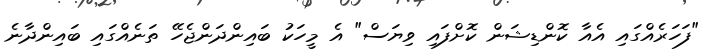
"ފަހަރެއްގައި އެއާ ކޮންޑިޝަން ކޮށްފައި ވިޔަސް" އެ މީހަކު ބައިންދަންޖެހޭ ތަނެއްގައި ބައިންދާނެ